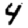
Digit: 4